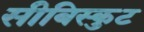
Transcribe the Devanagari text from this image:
सीबिस्कुट